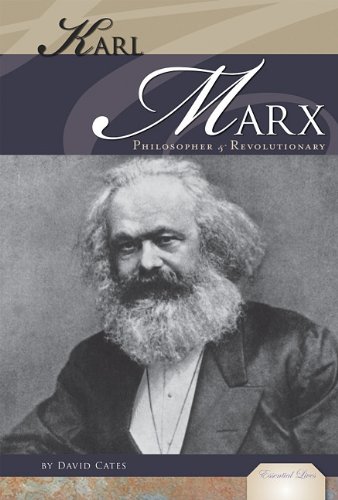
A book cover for Karl Marx: Philosopher & Revolutionary (Essential Lives); David Cates; Teen & Young Adult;